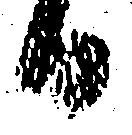
日